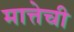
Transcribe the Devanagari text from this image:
मात्तेची